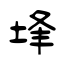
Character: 埄